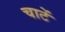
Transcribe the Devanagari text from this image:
चाटें